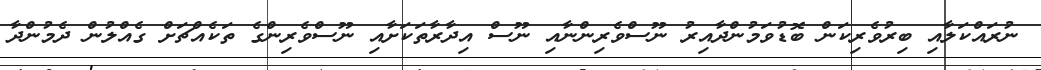
ނުރައްކަލާއި ބިރުވެރިކަން ބޮޑުވަމުންދާއިރު ނޫސްވެރިންނާއި ނޫސް އިދާރާތަކަށާއި ނޫސްވެރިންގެ ތަކެއްޗަށް ގެއްލުން ދެމުންދާ